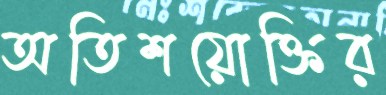
অতিশয়োক্তির